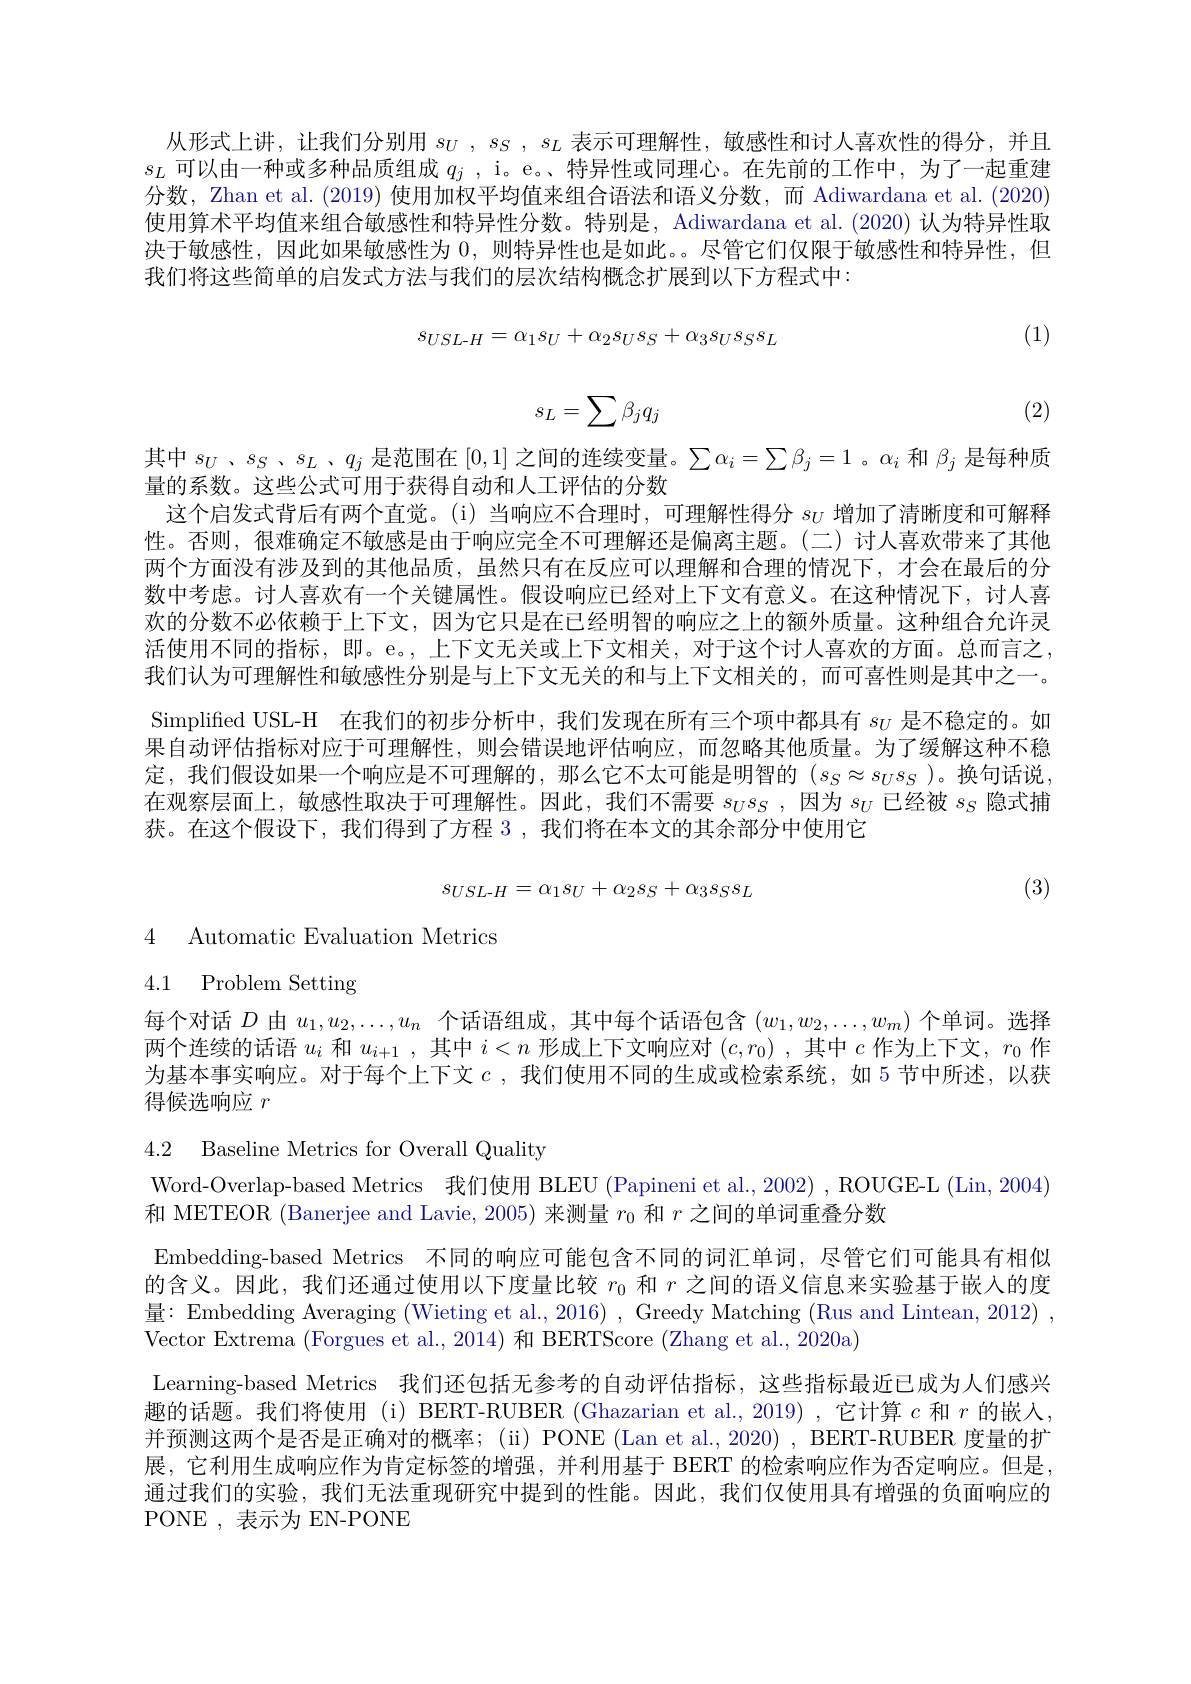
从形式上讲，让我们分别用$s_U,s_S,s_L$表示可理解性，敏感性和讨人喜欢性的得分，并且$s_L$可以由一种或多种品质组成$q_j$ , i。e. 、特异性或同理心。在先前的工作中，为了一起重建分数，Zhan et al.(2019) 使用加权平均值来组合语法和语义分数，而 Adiwardana et al.(2020) 使用算术平均值来组合敏感性和特异性分数。特别是，Adiwardana et al. (2020) 认为特异性取决于敏感性，因此如果敏感性为0，则特异性也是如此。。尽管它们仅限于敏感性和特异性，但我们将这些简单的启发式方法与我们的层次结构概念扩展到以下方程式中
$$s_{USL-H}=\alpha_{1}s_{U}+\alpha_{2}s_{U}s_{S}+\alpha_{3}s_{U}s_{S}s_{L}$$
(1)
$$s_L=\sum\beta_jq_j$$
(2)

其中$s_U$ 、$s_S$ 、$s_L$ 、$q_j$是范围在[0,1]之间的连续变量。$\sum\alpha_i=\sum\beta_j=1$ 。$\alpha_i$和$\beta_j$是每种质
量的系数。这些公式可用于获得自动和人工评估的分数
这个启发式背后有两个直觉。(i)当响应不合理时，可理解性得分$s_U$增加了清晰度和可解释性。否则，很难确定不敏感是由于响应完全不可理解还是偏离主题。(二)讨人喜欢带来了其他两个方面没有涉及到的其他品质，虽然只有在反应可以理解和合理的情况下，才会在最后的分数中考虑。讨人喜欢有一个关键属性。假设响应已经对上下文有意义。在这种情况下，讨人喜欢的分数不必依赖于上下文，因为它只是在已经明智的响应之上的额外质量。这种组合允许灵活使用不同的指标，即。e。, 上下文无关或上下文相关，对于这个讨人喜欢的方面。总而言之， 我们认为可理解性和敏感性分别是与上下文无关的和与上下文相关的，而可喜性则是其中之一。Simplified USL-H 在我们的初步分析中，我们发现在所有三个项中都具有$s_{U}$是不稳定的。如果自动评估指标对应于可理解性，则会错误地评估响应，而忽略其他质量。为了缓解这种不稳定，我们假设如果一个响应是不可理解的，那么它不太可能是明智的$(s_S\approx s_Us_S$ )。换句话说， 在观察层面上，敏感性取决于可理解性。因此，我们不需要$s_Us_S$ ,因为$s_U$已经被$s_S$隐式捕获。在这个假设下，我们得到了方程 3 , 我们将在本文的其余部分中使用它
$$s_{USL-H}=\alpha_1s_U+\alpha_2s_S+\alpha_3s_Ss_L$$
(3)

4 Automatic Evaluation Metrics

4.1 Problem Setting

每个对话$D$由$u_1,u_2,\ldots,u_n$个话语组成，其中每个话语包含$(w_1,w_2,\ldots,w_m)$个单词。选择两个连续的话语$u_i$和$u_i+1$,其中$i<n$形成上下文响应对$(c,r_0)$,其中$c$作为上下文，$r_0$作为基本事实响应。对于每个上下文$c$,我们使用不同的生成或检索系统，如 5 节中所述，以获得候选响应$r$

4.2 Baseline Metrics for Overall Quality

Word-Overlap-based Metrics 我们使用 BLEU (Papineni et al., 2002) , ROUGE-L (Lin, 2004)
和 METEOR (Banerjee and Lavie, 2005) 来测量$r_0$和$r$之间的单词重叠分数
Embedding-based Metrics 不同的响应可能包含不同的词汇单词，尽管它们可能具有相似的含义。因此，我们还通过使用以下度量比较$r_{0}$和$r$之间的语义信息来实验基于嵌入的度量：Embedding Averaging (Wieting et al., 2016) , Greedy Matching (Rus and Lintean, 2012) , Vector Extrema (Forgues et al., 2014) 和 BERTScore (Zhang et al., 2020a)
Learning-based Metrics 我们还包括无参考的自动评估指标，这些指标最近已成为人们感兴趣的话题。我们将使用(i) BERT-RUBER (Ghazarian et al.,2019) ,它计算$c$和$r$的嵌入， 并预测这两个是否是正确对的概率；(ii) PONE (Lan et al.,2020) , BERT-RUBER 度量的扩展，它利用生成响应作为肯定标签的增强，并利用基于 BERT 的检索响应作为否定响应。但是通过我们的实验，我们无法重现研究中提到的性能。因此，我们仅使用具有增强的负面响应的PONE , 表示为 EN-PONE